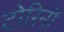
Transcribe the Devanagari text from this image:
टोरिनों